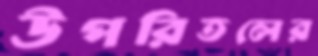
উপরিতলের